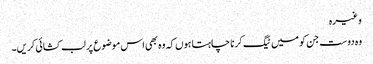
وغیرہ
وہ دوست جن کو میں ٹیگ کرنا چاہتا ہوں کہ وہ بھی اس موضوع پر لب کشائی کریں۔